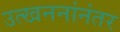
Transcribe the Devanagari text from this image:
उत्खननांनंतर